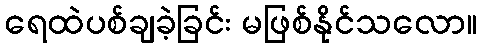
ရေထဲပစ်ချခဲ့ခြင်း မဖြစ်နိုင်သလော။